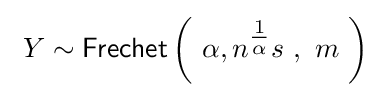
\ Y\sim {\textsf {Frechet}}\left(\ \alpha ,n^{\tfrac {1}{\alpha }}s\ ,\ m\ \right)~